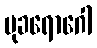
မုခရောဂေါ